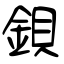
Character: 鋇